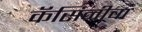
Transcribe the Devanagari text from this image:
कॅसिनीचा